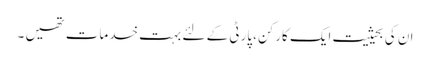
ان کی بحیثیت ایک کارکن، پارٹی کے لئے بہت خدمات تھیں ۔